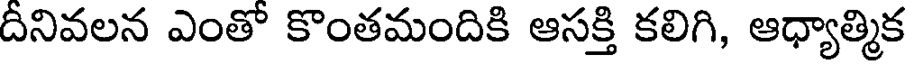
దినివలన ఎంతో కొంతమందికి ఆసక్తి కలిగి, ఆధ్యాత్మిక